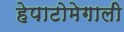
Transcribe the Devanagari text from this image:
हेपाटोमेगाली